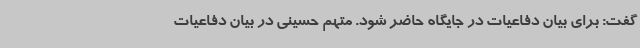
گفت: برای بیان دفاعیات در جایگاه حاضر شود. متهم حسینی در بیان دفاعیات